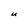
Character: U